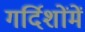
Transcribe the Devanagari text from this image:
गर्दिशोंमें